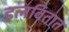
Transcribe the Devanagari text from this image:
हलवितात